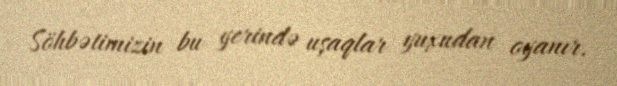
Söhbətimizin bu yerində uşaqlar yuxudan oyanır.